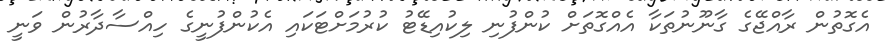
އެގޮތުން ރާއްޖޭގެ ގާނޫނުތަކާ އެއްގޮތަށް ކުންފުނި ލިކުއިޑޭޓު ކުރުމަށްޓަކައި އެކުންފުނީގެ ހިއްސާދާރުން ވަނީ